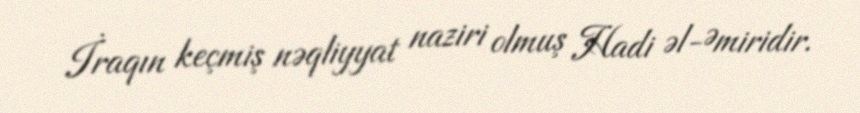
İraqın keçmiş nəqliyyat naziri olmuş Hadi əl-Əmiridir.